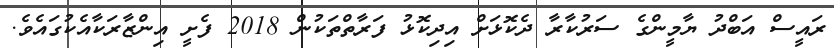
ރައީސް އަބްދު ޔާމީންގެ ސަރުކާރާ ދެކޮޅަށް އިދިކޮޅު ފަރާތްތަކުން 2018 ފެށީ އިންޒާރަކާއެކުގައެވެ.